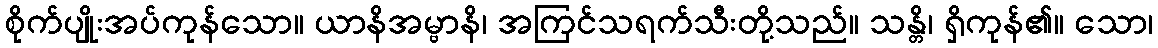
စိုက်ပျိုးအပ်ကုန်သော။ ယာနိအမ္ဗာနိ၊ အကြင်သရက်သီးတို့သည်။ သန္တိ၊ ရှိကုန်၏။ သော၊